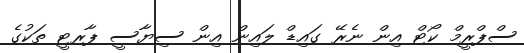
ސްޕްރީމް ކޯޓް އިން ނެރޭ ގައިޑް ލައިން އިން ސިޔާސީ ޕާރޓީ ތަކުގެ